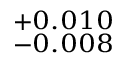
^ { + 0 . 0 1 0 } _ { - 0 . 0 0 8 }